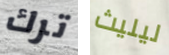
ترك ليليث